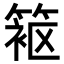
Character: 𬕦